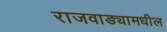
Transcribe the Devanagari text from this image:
राजवाड्यामधील